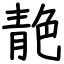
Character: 靘